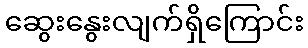
ဆွေးနွေးလျက်ရှိကြောင်း